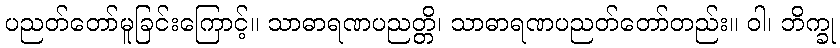
ပညတ်တော်မူခြင်းကြောင့်။ သာဓာရဏပညတ္တိ၊ သာဓာရဏပညတ်တော်တည်း။ ဝါ၊ ဘိက္ခု